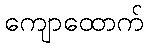
ကျောထောက်